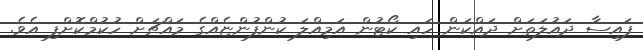
ފައިސާ ދައުލަތަށް ދައްކަން ހައި ކޯޓުން އަމިއްލަ ކުންފުންޏެއްގެ މައްޗަށް ހުކުމްކޮށްފި އެވެ.